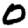
Digit: 0